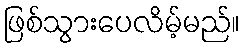
ဖြစ်သွားပေလိမ့်မည်။